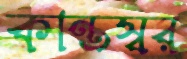
কান্তস্বর